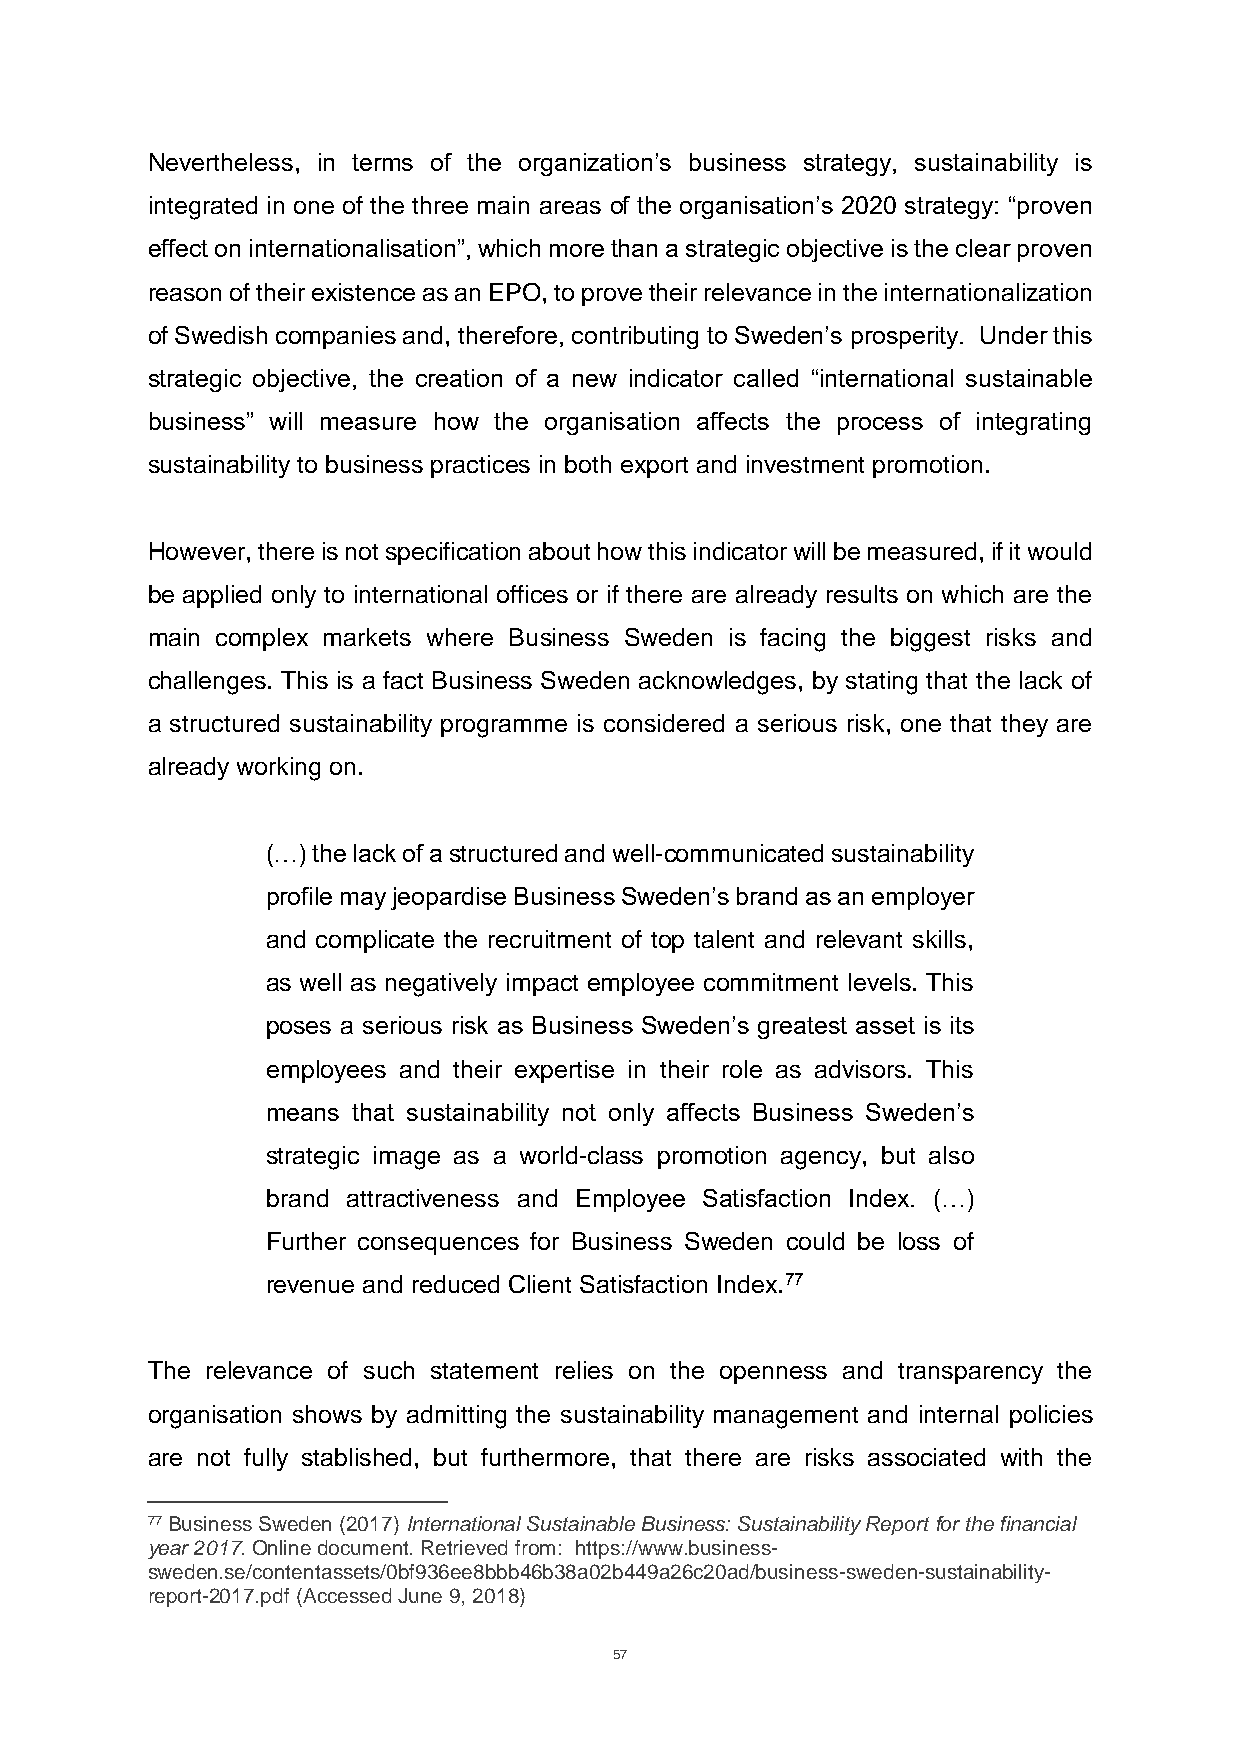
Nevertheless, in terms of the organization’s business strategy, sustainability is
 integrated in one of the three main areas of the organisation’s 2020 strategy: “proven
 effect on internationalisation”, which more than a strategic objective is the clear proven
 reason of their existence as an EPO, to prove their relevance in the internationalization
 of Swedish companies and, therefore, contributing to Sweden’s prosperity. Under this
 strategic objective, the creation of a new indicator called “international sustainable
 business” will measure how the organisation affects the process of integrating
 sustainability to business practices in both export and investment promotion.
 However, there is not specification about how this indicator will be measured, if it would
 be applied only to international offices or if there are already results on which are the
 main complex markets where Business Sweden is facing the biggest risks and
 challenges. This is a fact Business Sweden acknowledges, by stating that the lack of
 a structured sustainability programme is considered a serious risk, one that they are
 already working on.
 (…) the lack of a structured and well-communicated sustainability
 profile may jeopardise Business Sweden’s brand as an employer
 and complicate the recruitment of top talent and relevant skills,
 as well as negatively impact employee commitment levels. This
 poses a serious risk as Business Sweden’s greatest asset is its
 employees and their expertise in their role as advisors. This
 means that sustainability not only affects Business Sweden’s
 strategic image as a world-class promotion agency, but also
 brand attractiveness and Employee Satisfaction Index. (…)
 Further consequences for Business Sweden could be loss of
 revenue and reduced Client Satisfaction Index.77
 The relevance of such statement relies on the openness and transparency the
 organisation shows by admitting the sustainability management and internal policies
 are not fully stablished, but furthermore, that there are risks associated with the
 77 Business Sweden (2017) International Sustainable Business: Sustainability Report for the financial
 year 2017. Online document. Retrieved from: https://www.business-
 sweden.se/contentassets/0bf936ee8bbb46b38a02b449a26c20ad/business-sweden-sustainability-
 report-2017.pdf (Accessed June 9, 2018)
 57